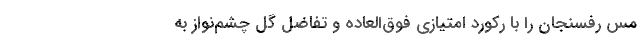
مس رفسنجان را با رکورد امتیازی فوق‌العاده و تفاضل گل ‌چشم‌نواز به